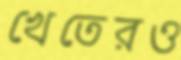
খেতেরও